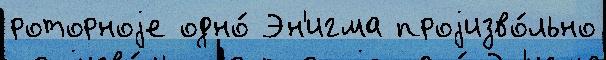
роторноjе одно́ Эн'игма проjизво́льно